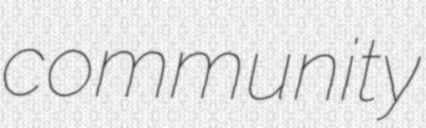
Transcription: community